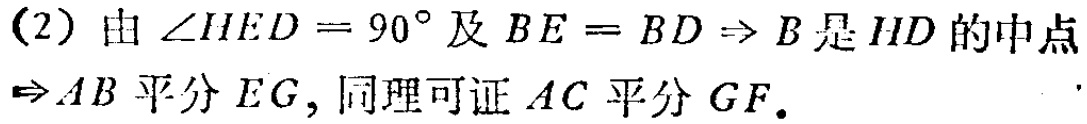
(2) 由 $\angle HED = 90^{\circ}$ 及 $BE = BD \Rightarrow B$ 是 $HD$ 的中点
$\Rightarrow AB$ 平分 $EG$, 同理可证 $AC$ 平分 $GF$.